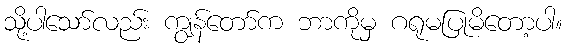
သို့ပါသော်လည်း ကျွန်တော်က ဘာကိုမှ ဂရုမပြုမိတော့ပါ။